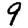
Digit: 9